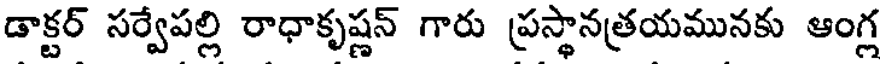
డాక్టర్ సర్వేపల్లి రాధాకృష్ణన్ గారు ప్రస్థానత్రయమునకు ఆంగ్ల